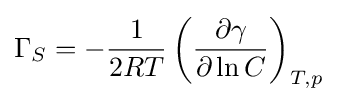
\Gamma _{S}=-{\frac {1}{2RT}}\left({\frac {\partial \gamma }{\partial \ln C}}\right)_{T,p}